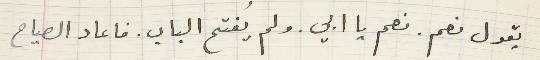
يقول نعم. نعم يا ابي. ولم يُفتح الباب. فاعاد الصياح